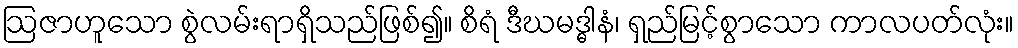
ဩဇာဟူသော စွဲလမ်းရာရှိသည်ဖြစ်၍။ စိရံ ဒီဃမဒ္ဓါနံ၊ ရှည်မြင့်စွာသော ကာလပတ်လုံး။